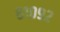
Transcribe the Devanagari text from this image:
८१०९२